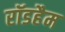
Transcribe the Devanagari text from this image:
रॉडहैम